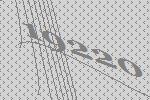
19220